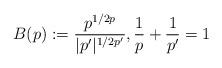
LaTeX: \begin{align*} B(p) := \frac{p^{1/2p}}{|p'|^{1/2p'}}, \frac{1}{p} + \frac{1}{p'} = 1\end{align*}